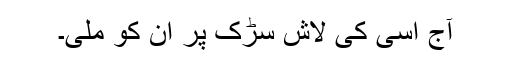
آج اسی کی لاش سڑک پر ان کو ملی۔